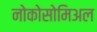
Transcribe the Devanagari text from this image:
नोकोसोमिअल